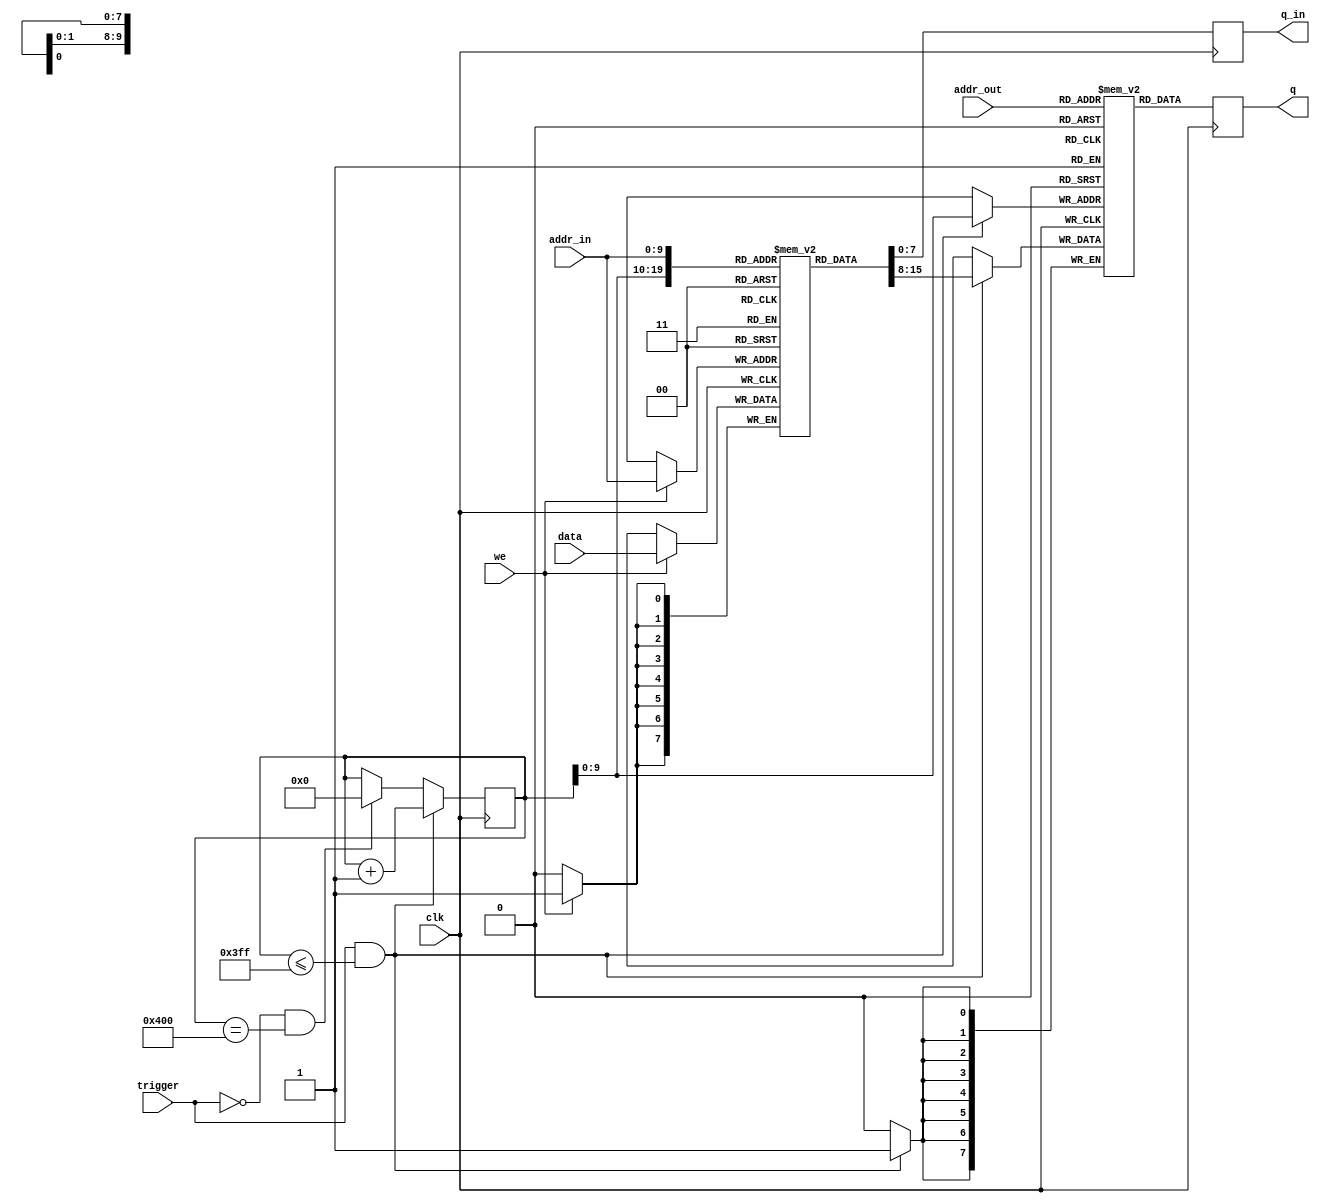
////////// dual ram buffer ///////////////////////
//
//  8-bits dual ram that copy the ram content to 
//  a secondary ram at @posedge of trigger
//  
//
module dual_ram_buffer #(parameter W=10)
(
	input            clk,
  input            trigger, // trigger high to copy ram content
  
  input            we,      // 1st ram write
  input    [W-1:0] addr_in, // 1st ram address
  input      [7:0] data,    // 1st ram data 
  output reg [7:0] q_in,    // 1st ram data out 
  
  input    [W-1:0] addr_out,// 2nd ram addr 
  output reg [7:0] q        // 2nd ram data out
);

(* ramstyle = "no_rw_check" *)reg [7:0]      ram[0:(2**W)-1];
(* ramstyle = "no_rw_check" *)reg [7:0]  ram_out[0:(2**W)-1];

reg [W:0] i = 0;

always @(posedge clk) begin
  if (clk) begin
    if (trigger && i <= (2**W)-1) begin
      ram_out[i[W-1:0]] <= ram[i[W-1:0]];
      i <= i + 1'b1;
      end
    else if (~trigger && i == (2**W))
      i <= 0;

    if (we == 1'b1)
      ram[addr_in] <= data;

    q <= ram_out[addr_out];
    q_in <= ram[addr_in];
  end
end

endmodule